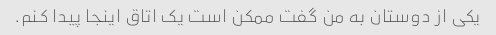
یکی از دوستان به من گفت ممکن است یک اتاق اینجا پیدا کنم.